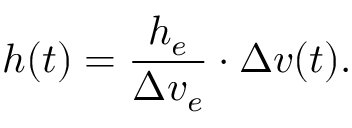
h ( t ) = \frac { h _ { e } } { \Delta v _ { e } } \cdot \Delta v ( t ) .